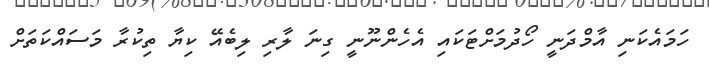
ހަމައެކަނި އާމްދަނީ ހޯދުމަށްޓަކައި އެހެންނޫނީ ގިނަ ލާރި ލިބެއޭ ކިޔާ ތިކުރާ މަސައްކަތަށް